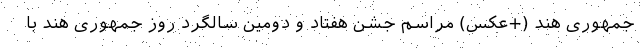
جمهوری هند (+عکس) مراسم جشن هفتاد و دومین سالگرد روز جمهوری هند با